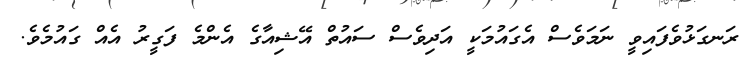
ރަނގަޅުވެފައިވީ ނަމަވެސް އެގައުމަކީ އަދިވެސް ސައުތް އޭޝިއާގެ އެންމެ ފަގީރު އެއް ގައުމެވެ.